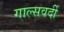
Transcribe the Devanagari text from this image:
गाल्‍सवर्दी